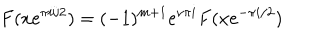
F ( x e ^ { \pi i / 2 } ) = ( - 1 ) ^ { m + 1 } e ^ { \nu \pi i } F ( x e ^ { - \pi i / 2 } )